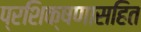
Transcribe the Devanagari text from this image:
प्रशिक्षणासहित